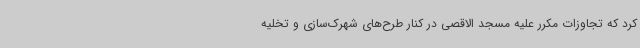
کرد که تجاوزات مکرر علیه مسجد الاقصی در کنار طرح‌های شهرک‌سازی و تخلیه